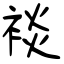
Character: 裧